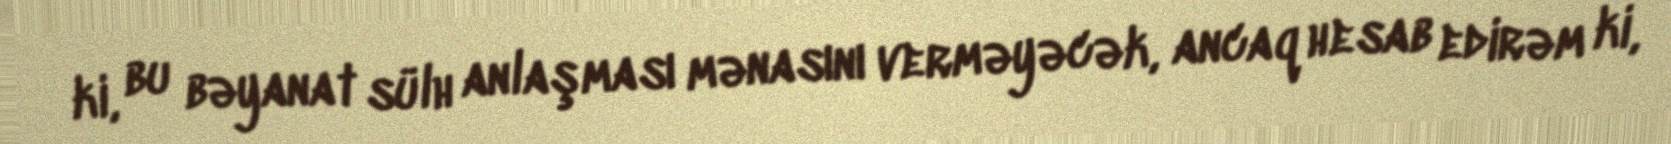
ki, bu bəyanat sülh anlaşması mənasını verməyəcək, ancaq hesab edirəm ki,